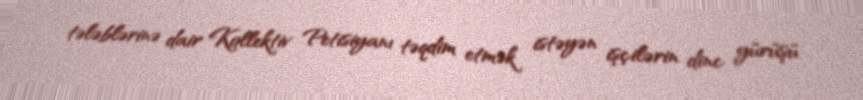
tələblərinə dair Kollektiv Petisiyanı təqdim etmək istəyən işçilərin dinc yürüşü